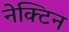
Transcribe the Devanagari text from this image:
नेक्टिन